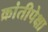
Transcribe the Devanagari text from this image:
क्रांतीपेक्षा